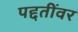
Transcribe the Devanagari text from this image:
पद्दतींवर